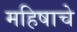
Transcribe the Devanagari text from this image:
महिषाचे